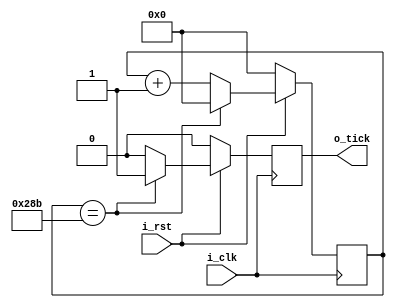
`timescale 1ns / 1ps
//////////////////////////////////////////////////////////////////////////////////
// Company: 
// Engineer: 
// 
// Design Name: 
// Module Name: baudrate_gen
// Project Name: 
// Target Devices: 
// Tool Versions: 
// Description: 
// 
// Dependencies: 
// 
// Revision:
// Revision 0.01 - File Created
// Additional Comments:
// 
//////////////////////////////////////////////////////////////////////////////////


module baudrate_gen(
    input i_clk,
	input i_rst,	
	output reg o_tick
    );
    
localparam BAUD_RATE = 9600;
localparam CLK_RATE = 100000000; //clock de la placa 
localparam NUM_TICKS = 16;  //division del baudio

localparam RATE_CLK_OUT = CLK_RATE / (BAUD_RATE * NUM_TICKS); //Frecuencia de recepcion
localparam LEN_ACUM = $clog2(RATE_CLK_OUT);  //Largo en bits del buffer para generar esa frecuencia de recepcion

reg [LEN_ACUM - 1 : 0] contador = 0;

always @(posedge i_clk) 
begin
	if (!i_rst)
		begin
			contador <= 0;
			o_tick <= 0;
		end
	else
		begin			
			contador <= contador + 1;
			
			if (contador == (RATE_CLK_OUT)) //Contamos hasta lo que queriamos?
				begin
					o_tick <= 1;
					contador <= 0;
				end
			else
			   o_tick <= 0;
		end
end
endmodule